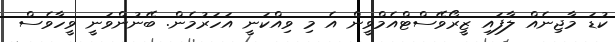
ކުޑަ މާޖިނެއް ލާފައި ޒީރޯވޭސްޓްއެމްވީން އެ މި ވިއްކަނީ އަހަރުމެން. ބޭނުންވަނީ ވީހާވެސް